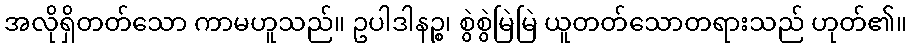
အလိုရှိတတ်သော ကာမဟူသည်။ ဥပါဒါနဉ္စ၊ စွဲစွဲမြဲမြဲ ယူတတ်သောတရားသည် ဟုတ်၏။